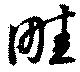
畦